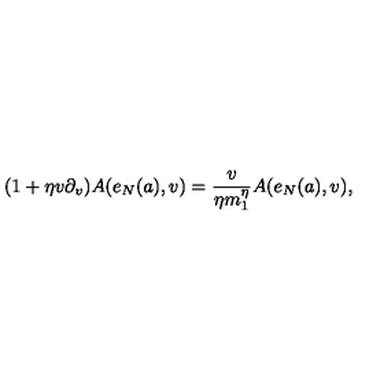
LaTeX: ( 1 + \eta v \partial _ { v } ) A ( e _ { N } ( a ) , v ) = { \frac { v } { \eta m _ { 1 } ^ { \eta } } } A ( e _ { N } ( a ) , v ) ,